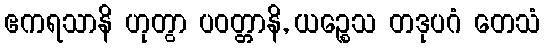
ဧကရသာနိ ဟုတွာ ပဝတ္တာနိ, ယဉ္စေသ တဒုပဂံ တေသံ